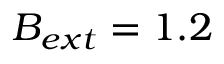
\boldsymbol { B _ { e x t } } = 1 . 2